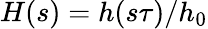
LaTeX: H(s)=h(s\tau)/h_{0}